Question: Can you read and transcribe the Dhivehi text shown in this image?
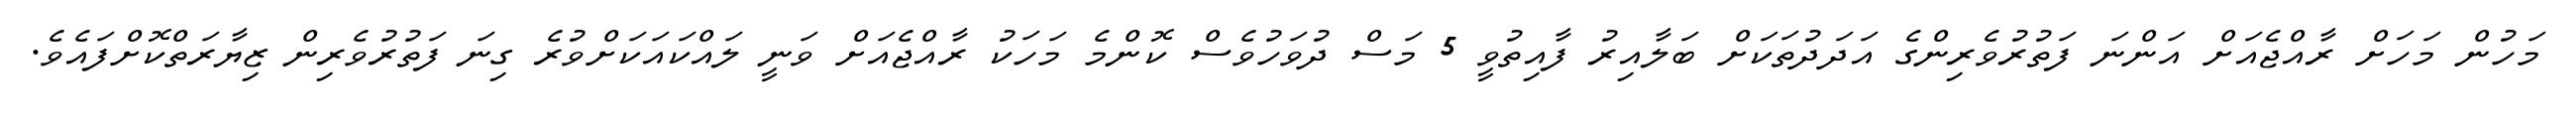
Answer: މަހުން މަހަށް ރާއްޖެއަށް އަންނަ ފަތުރުވެރިންގެ އަދަދުތަކަށް ބަލާއިރު ފާއިތުވީ 5 މަސް ދުވަހުވެސް ކޮންމެ މަހަކު ރާއްޖެއަށް ވަނީ ލައްކައަކަށްވުރެ ގިނަ ފަތުރުވެރިން ޒިޔާރަތްކޮށްފައެވެ.